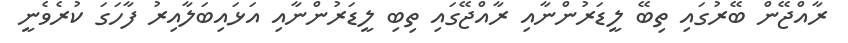
ރާއްޖޭން ބޭރުގައި ތިބޭ ލީޑަރުންނާއި ރާއްޖޭގައި ތިބި ލީޑަރުންނާއި އަޅައިބަލާއިރު ފާހަގަ ކުރެވެނީ